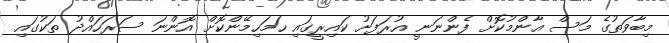
މިބާވަތުގެ މަސް އާންމުކޮށް ފެންނަނީ އުރަފަށު ކައިރީގައި ހަމަހިމޭންކޮށް އޮންނަ ސަރަހައްދު ތަކުގައި